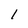
Character: 1